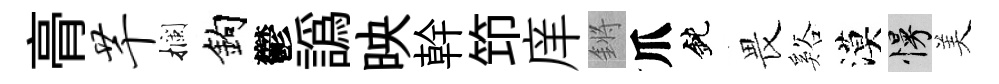
𮌔芊攔鈎鬱譌映幹笻庠鏘爪鈍畏谿漠慢美